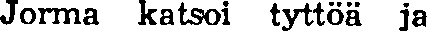
Jorma katsoi tyttöä ja